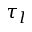
\tau _ { l }